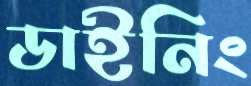
ডাইনিং